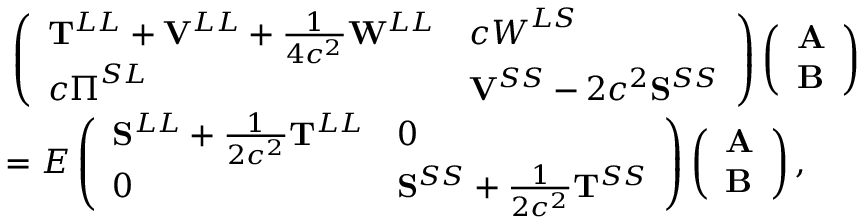
\begin{array} { r l } & { \, \left( \begin{array} { l l } { \mathbf { T } ^ { L L } + \mathbf { V } ^ { L L } + \frac { 1 } { 4 c ^ { 2 } } \mathbf { W } ^ { L L } } & { c \boldsymbol { W } ^ { L S } } \\ { c \boldsymbol { \Pi } ^ { S L } } & { \mathbf { V } ^ { S S } - 2 c ^ { 2 } \mathbf { S } ^ { S S } } \end{array} \right) \left( \begin{array} { l } { \mathbf { A } } \\ { \mathbf { B } } \end{array} \right) } \\ & { = E \left( \begin{array} { l l } { \mathbf { S } ^ { L L } + \frac { 1 } { 2 c ^ { 2 } } \mathbf { T } ^ { L L } } & { 0 } \\ { 0 } & { \mathbf { S } ^ { S S } + \frac { 1 } { 2 c ^ { 2 } } \mathbf { T } ^ { S S } } \end{array} \right) \left( \begin{array} { l } { \mathbf { A } } \\ { \mathbf { B } } \end{array} \right) , } \end{array}